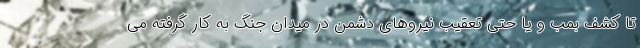
تا کشف بمب و یا حتی تعقیب نیروهای دشمن در میدان جنگ به کار گرفته می